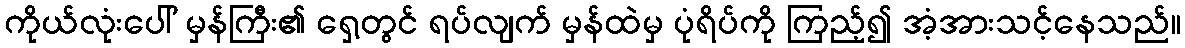
ကိုယ်လုံးပေါ် မှန်ကြီး၏ ရှေ့တွင် ရပ်လျက် မှန်ထဲမှ ပုံရိပ်ကို ကြည့်၍ အံ့အားသင့်နေသည်။